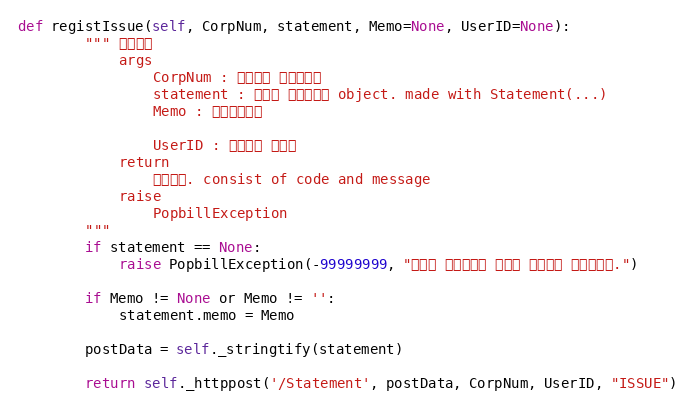
Language: Python
def registIssue(self, CorpNum, statement, Memo=None, UserID=None):
        """ 즉시발행
            args
                CorpNum : 팝빌회원 사업자번호
                statement : 등록할 전자명세서 object. made with Statement(...)
                Memo : 즉시발행메모

                UserID : 팝빌회원 아이디
            return
                처리결과. consist of code and message
            raise
                PopbillException
        """
        if statement == None:
            raise PopbillException(-99999999, "등록할 전자명세서 정보가 입력되지 않았습니다.")

        if Memo != None or Memo != '':
            statement.memo = Memo

        postData = self._stringtify(statement)

        return self._httppost('/Statement', postData, CorpNum, UserID, "ISSUE")